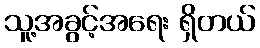
သူ့အခွင့်အရေး ရှိတယ်